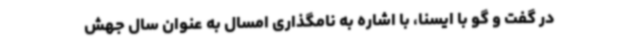
در گفت و گو با ایسنا، با اشاره به نامگذاری امسال به عنوان سال جهش